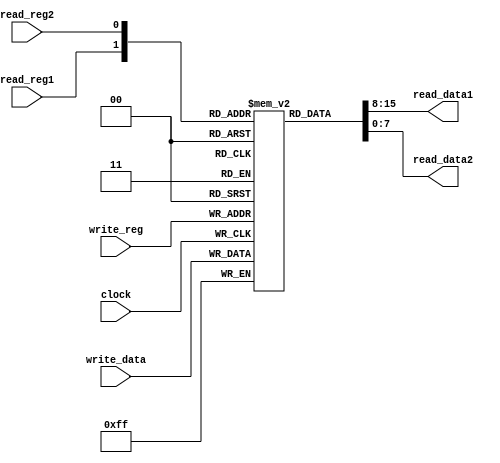
`timescale 1ns / 1ps
//////////////////////////////////////////////////////////////////////////////////
// Company: 
// Engineer: 
// 
// Design Name: 
// Module Name: registerFile
// Project Name: 
// Target Devices: 
// Tool Versions: 
// Description: 
// 
// Dependencies: 
// 
// Revision:
// Revision 0.01 - File Created
// Additional Comments:
// 
//////////////////////////////////////////////////////////////////////////////////


module registerFile(clock, read_reg1, read_reg2, write_reg, write_data, read_data1, read_data2);
input clock;
input read_reg1;
input read_reg2;
input write_reg;
input [7:0] write_data;
output [7:0] read_data1;
output [7:0] read_data2;
reg [7:0] registers [0:1];

initial 
begin 
registers[0] = 8'b00001000;
registers[1] = 8'b00001001;
end

always@(posedge clock)
begin
/*if (write_reg == 1)*/
    registers[write_reg] <= write_data;
end       

assign read_data1 = registers[read_reg1];
assign read_data2 = registers[read_reg2];


endmodule